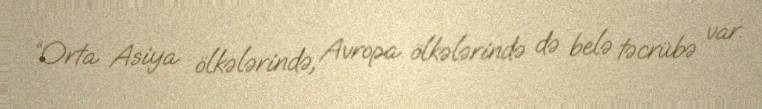
“Orta Asiya ölkələrində, Avropa ölkələrində də belə təcrübə var.